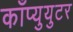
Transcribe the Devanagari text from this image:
काँप्युयुटर